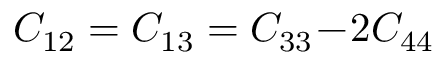
C _ { 1 2 } = C _ { 1 3 } = C _ { 3 3 } \! - \! 2 C _ { 4 4 }